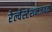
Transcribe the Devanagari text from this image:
रेल्वेस्टेशनजवळ